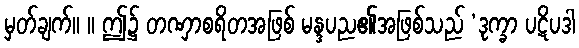
မှတ်ချက်။ ။ ဤ၌ တဏှာစရိတအဖြစ် မန္ဒပည၏အဖြစ်သည် ‘ဒုက္ခာ ပဋိပဒါ